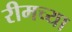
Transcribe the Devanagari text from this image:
रीमच्या